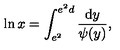
\ln x = \int _ { e ^ { 2 } } ^ { e ^ { 2 } d } \frac { \mathrm { d } y } { \psi ( y ) } ,